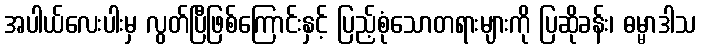
အပါယ်လေးပါးမှ လွတ်ပြီဖြစ်ကြောင်းနှင့် ပြည့်စုံသောတရားများကို ပြဆိုခန်း၊ ဓမ္မာဒါသ